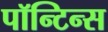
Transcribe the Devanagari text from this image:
पॉन्टिन्स